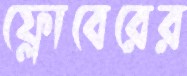
ফ্লোবেরের